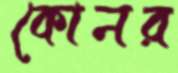
কোনর